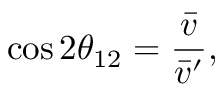
\cos 2 \theta _ { 1 2 } = \frac { \bar { v } } { \bar { v } ^ { \prime } } ,